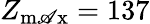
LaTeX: Z_{\operatorname*{m\mathscr{A}x}}=137